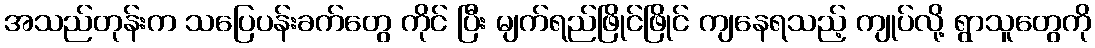
အသည်တုန်းက သပြေပန်းခက်တွေ ကိုင် ပြီး မျက်ရည်ဖြိုင်ဖြိုင် ကျနေရသည့် ကျုပ်လို့ ရွာသူတွေကို